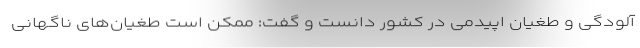
آلودگی و طغیان اپیدمی در کشور دانست و گفت: ممکن است طغیان‌های ناگهانی